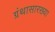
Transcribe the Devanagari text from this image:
ग्रंथासारख्या